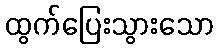
ထွက်ပြေးသွားသော